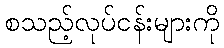
စသည့်လုပ်ငန်းများကို